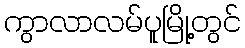
ကွာလာလမ်ပူမြို့တွင်